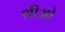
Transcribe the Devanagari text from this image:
थीओ